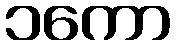
၁ကော